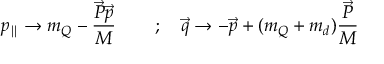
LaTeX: p _ { \parallel } \rightarrow m _ { Q } - \frac { \vec { P } \vec { p } } { M } \ \ \, \ \ \ \ ; \ \ \ \vec { q } \rightarrow - \vec { p } + ( m _ { Q } + m _ { d } ) \frac { \vec { P } } { M }